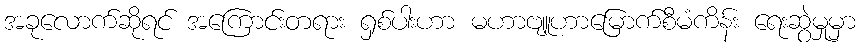
အခုလောက်ဆိုရင် အကြောင်းတရား ရှစ်ပါးဟာ မဟာဗျူဟာမြောက်စီမံကိန်း ရေးဆွဲမှုမှာ